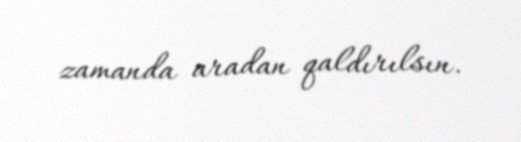
zamanda aradan qaldırılsın.